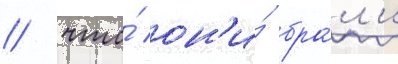
/ что́ он'и́ бра́л'и